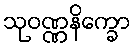
သုဝဏ္ဏနိက္ခော